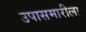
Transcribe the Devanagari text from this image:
उपासमारीला